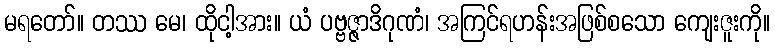
မရတော်။ တဿ မေ၊ ထိုငါ့အား။ ယံ ပဗ္ဗဇ္ဇာဒိဂုဏံ၊ အကြင်ရဟန်းအဖြစ်စသော ကျေးဇူးကို။